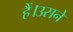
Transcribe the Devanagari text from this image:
हैं।उसने